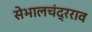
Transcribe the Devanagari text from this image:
सेभालचंद्रराव